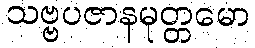
သဗ္ဗပဇာနမုတ္တမော